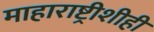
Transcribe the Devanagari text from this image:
माहाराष्ट्रीशीही